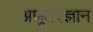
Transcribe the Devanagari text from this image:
अणूतंत्रज्ञान